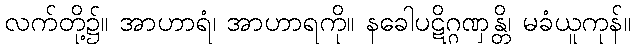
လက်တို့၌။ အာဟာရံ၊ အာဟာရကို။ နခေါပဋိဂ္ဂဏှန္တိ၊ မခံယူကုန်။